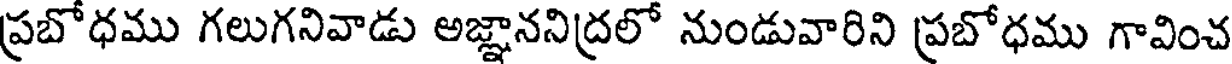
ప్రబోధము గలుగనివాడు అజ్ఞాననిద్రలో నుండువారిని ప్రబోధము గావించ